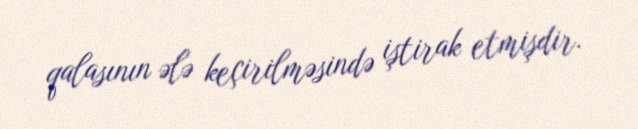
qalasının ələ keçirilməsində iştirak etmişdir.